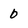
Character: 0